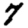
Digit: 7